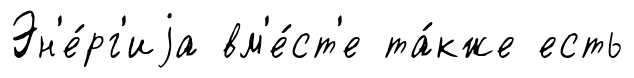
Эн'е́рг'иjа вм'е́ст'е та́кже есть